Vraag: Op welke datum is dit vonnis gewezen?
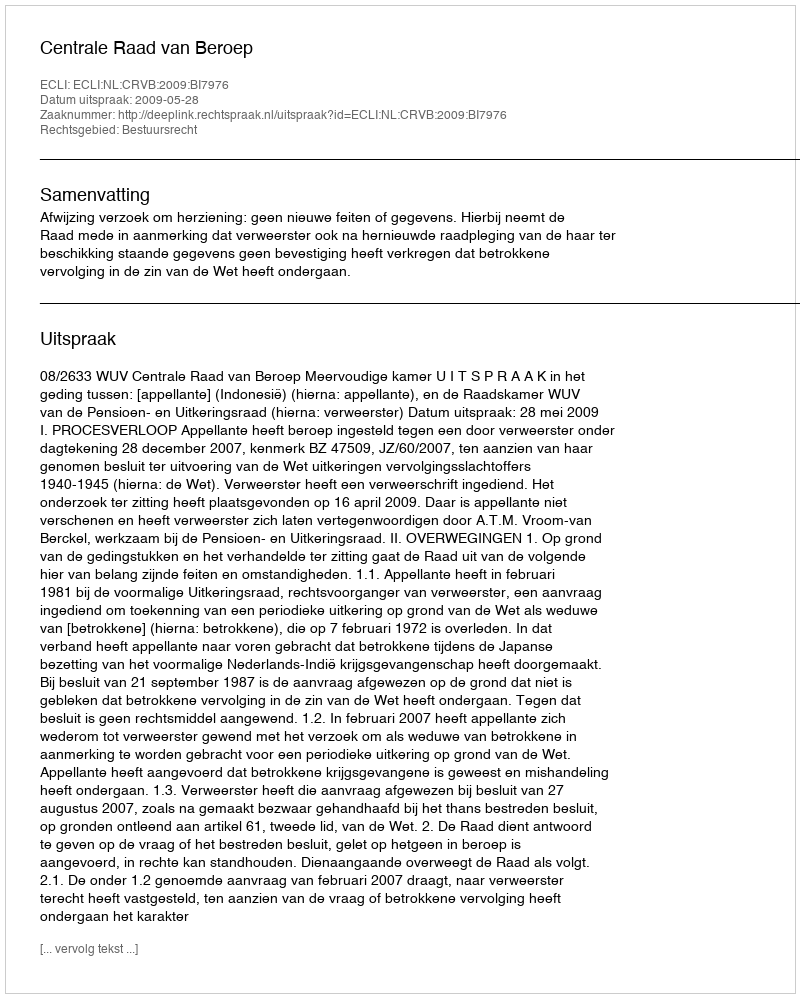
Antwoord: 2009-05-28